Report of the King Institute of Preventive Medicine, Guindy
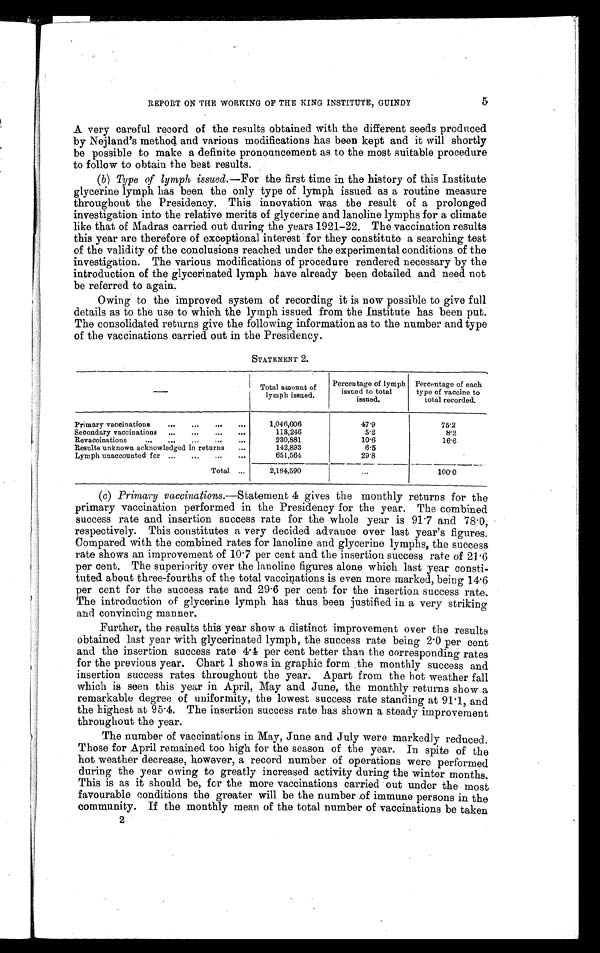
REPORT ON THE WORKING OP THE KING INSTITUTE, GUINDY
5
A very careful record of the results obtained with the different seeds produced
by Nejland's method and various modifications has been kept and it will shortly
be possible to make a definite pronouncement as to the most suitable procedure
to follow to obtain the best results.
(b) Type of lymph issued.---For the first time in the history of this Institute
glycerine lymph has been the only type of lymph issued as a routine measure
throughout the Presidency. This innovation was the result of a prolonged
investigation into the relative merits of glycerine and lanoline lymphs for a climate
like that of Madras carried out during the years 1921-22. The vaccination results
this year are therefore of exceptional interest for they constitute a searching test
of the validity of the conclusions reached under the experimental conditions of the
investigation. The various modifications of procedure rendered necessary by the
introduction of the glycerinated lymph have already been detailed and need not
be referred to again.
Owing to the improved system of recording it is now possible to give full
details as to the use to which the lymph issued from the Institute has been put.
The consolidated returns give the following information as to the number and type
of the vaccinations carried out in the Presidency.
STATEMENT 2.
amount of
lymph issued.
Percentae of lymph
issued to total
issued.
Percentage of each
type of vaccine to
total recorded.
Primary vaccinations
...
...
...
...
1,046,006
47.9
75.2
Secondary vaccinations ...
...
...
...
113,246
5.2
8.2
...
...
... ... ...
Revaccinations..
2 3 0 . 8 8 1
10.6
16.6
Results unknown acknowledged in returns
. . .
142.893
6.5
Lymph unaccounted for ...
...
...
...
651.564
29.8
Total ...
2, 184, 590
...
100.0
(c) Primary vaccinations.—Statement 4 gives the monthly returns for the
primary vaccination performed in the Presidency for the year. The combined
success rate and insertion success rate for the whole year is 91.7 and 78.0,
respectively. This constitutes a very decided advance over last year’s figures.
Compared with the combined rates for lanoline and glycerine lymphs, the success
rate shows an improvement of 10.7 per cent and the insertion success rate of 21.6
per cent. The superiority over the lanoline figures alone which last year consti-
tuted about three-fourths of the total vaccinations is even more marked, being 14.6
per cent for the success rate and 29.6 per cent for the insertion success rate.
The introduction of glycerine lymph has thus been justified in a very striking
and convincing manner.
Further, the results this year show a distinct improvement over the results
obtained last year with glycerinated lymph, the success rate being 2.0 per cent
and the insertion success rate 4.4 per cent better than the corresponding rates
for the previous year. Chart 1 shows in graphic form ,the monthly success and
insertion success rates throughout the year. Apart from the hot weather fall
which is seen this year in April, May and June, the monthly returns show a
remarkable degree of uniformity, the lowest success rate standing at 91.1, and
the highest at 95.4. The insertion success rate has shown a steady improvement
throughout the year.
The number of vaccinations in May, June and July were markedly reduced.
Those for April remained too high for the season of the year. In spite of the
hot weather decrease, however, a record number of operations were performed
during the year owing to greatly increased activity during the winter months.
This is as it should be, for the more vaccinations carried out under the most
favourable conditions the greater will be the number ,of immune persons in the
community. If the monthly mean of the total number of vaccinations be taken
2